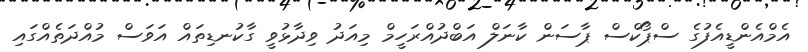
އެމްއެންޑީއެފުގެ ސްޕޯކްސް ޕާސަން ކާނަލް އަބްދުއްރަހީމް މިއަދު ވިދާޅުވީ ގާކުނޑިތައް އަވަސް މުއްދަތެއްގައި